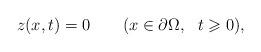
LaTeX: \begin{align*}z(x,t)=0 \qquad(x\in\partial\Omega,\ \ t\geqslant 0),\end{align*}